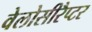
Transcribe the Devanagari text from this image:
वेलोसीरैप्टर